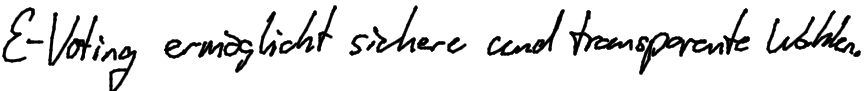
E-Voting ermöglicht sichere und transparente Wahlen.